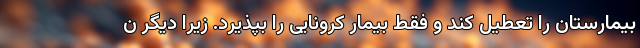
بیمارستان را تعطیل کند و فقط بیمار کرونایی را بپذیرد. زیرا دیگر ن